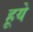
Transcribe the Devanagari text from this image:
हूये